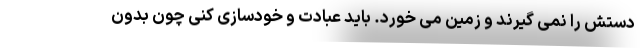
دستش را نمی گیرند و زمین می خورد. باید عبادت و خودسازی کنی چون بدون